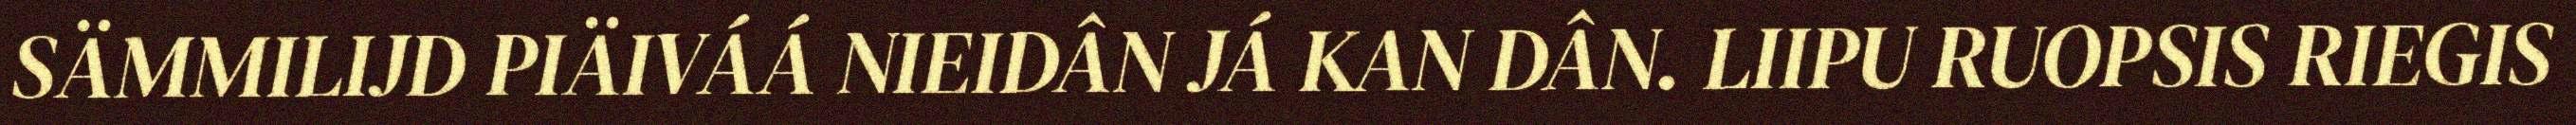
SÄMMILIJD PIÄIVÁÁ NIEIDÂN JÁ KAN DÂN. LIIPU RUOPSIS RIEGIS